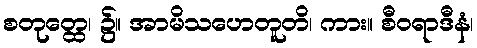
စတုတ္ထေ၊ ၌။ အာမိသဟေတူတိ၊ ကား။ စီဝရာဒီနံ၊